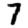
Digit: 7